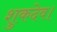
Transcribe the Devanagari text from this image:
शुकदेव।